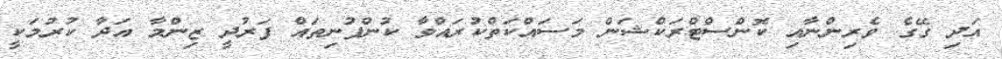
އަދި ގޭގެ ވެރިންނާއި ކޮންސްޓްރަކްޝަން މަސައްކަތްކުރައްވާ ކުންފުނިތައް ފަރުދީ ޒިންމާ އަދާ ކުރުމަކީ